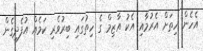
އެހެން ހިތަށް އެރުމާއި އެކު އާޒިމް ގެ ހިތުގައި ބިރުވެރި ކަމެއް އުފެދިގެން